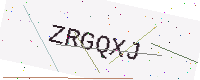
Text: ZRGQXJ